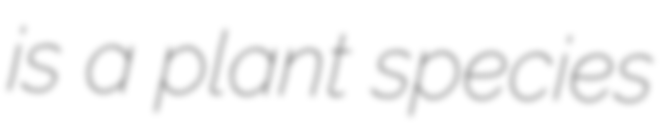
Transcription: is a plant species